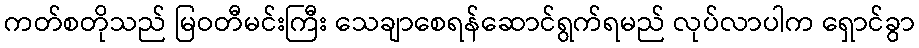
ကတ်စတိုသည် မြဝတီမင်းကြီး သေချာစေရန်ဆောင်ရွက်ရမည် လုပ်လာပါက ရှောင်ခွာ